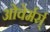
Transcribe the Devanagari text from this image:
ओवेर्मर्स्